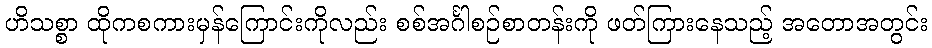
ဟိသစ္စာ ထိုကစကားမှန်ကြောင်းကိုလည်း စစ်အင်္ဂါစဉ်စာတန်းကို ဖတ်ကြားနေသည့် အတောအတွင်း